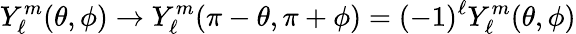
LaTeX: Y_{\ell}^{m}(\theta,\phi)\rightarrow Y_{\ell}^{m}(\pi-\theta,\pi+\phi)=(-1)^{\ell}Y_{\ell}^{m}(\theta,\phi)